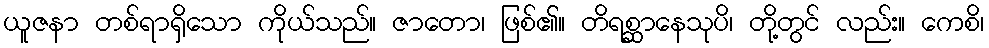
ယူဇနာ တစ်ရာရှိသော ကိုယ်သည်။ ဇာတော၊ ဖြစ်၏။ တိရစ္ဆာနေသုပိ၊ တို့တွင် လည်း။ ကေစိ၊